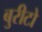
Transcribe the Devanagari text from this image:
बुरीटो